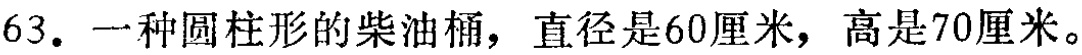
63. 一种圆柱形的柴油桶，直径是60厘米，高是70厘米。